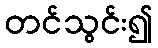
တင်သွင်း၍